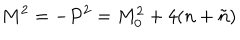
LaTeX: M ^ { 2 } = - P ^ { 2 } = M _ { 0 } ^ { 2 } + 4 ( n + \tilde { n } )